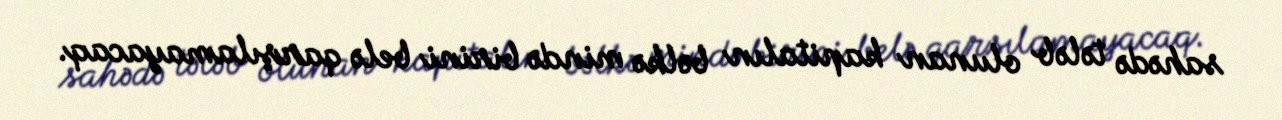
sahədə tələb olunan kapitalın bəlkə mində birini belə qarşılamayacaq.